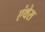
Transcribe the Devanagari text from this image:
एंथेस